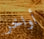
أواخر